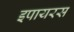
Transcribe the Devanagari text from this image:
इपायरस